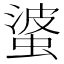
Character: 𱿮